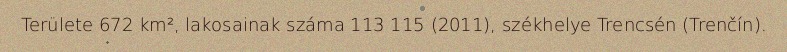
Területe 672 km², lakosainak száma 113 115 (2011), székhelye Trencsén (Trenčín).